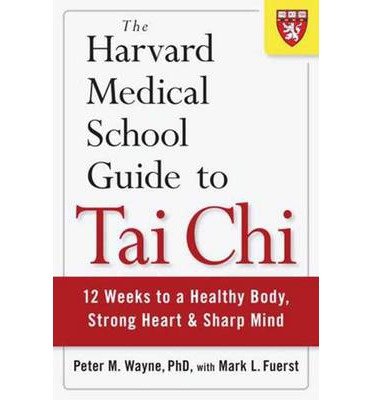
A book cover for The Harvard Medical School Guide to Tai Chi: 12 Weeks to a Healthy Body, Strong Heart, and Sharp Mind (Harvard Health Publications) (Paperback) - Common; By (author) Peter Wayne; Education & Teaching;